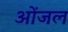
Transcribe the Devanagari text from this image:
ओंजल